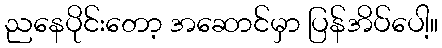
ညနေပိုင်းတော့ အဆောင်မှာ ပြန်အိပ်ပေါ့။